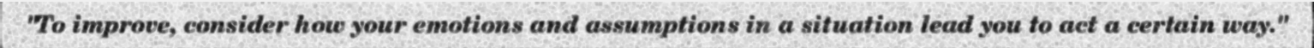
"To improve, consider how your emotions and assumptions in a situation lead you to act a certain way."